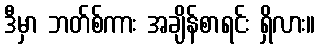
ဒီမှာ ဘတ်စ်ကား အချိန်စာရင်း ရှိလား။